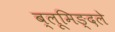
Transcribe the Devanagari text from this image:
ब्लूमिङ्दले